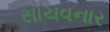
સાચવનાર